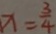
x = \frac { 3 } { 4 }